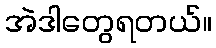
အဲဒါတွေရတယ်။